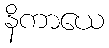
နိကာယေ